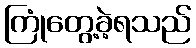
ကြုံတွေ့ခဲ့ရသည်